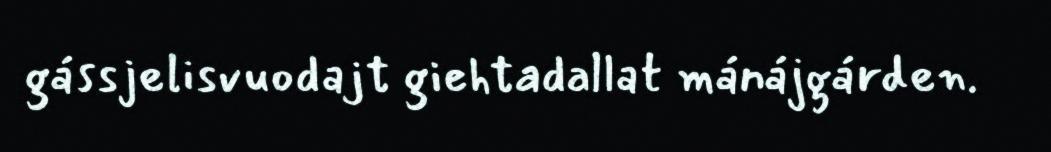
gássjelisvuodajt giehtadallat mánájgárden.